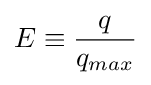
E\equiv {\frac {q}{q_{max}}}